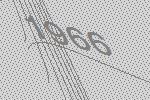
1966